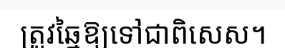
ត្រូវឆ្នៃឱ្យទៅជាពិសេស។